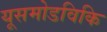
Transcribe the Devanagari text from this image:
यूसमोडविकि